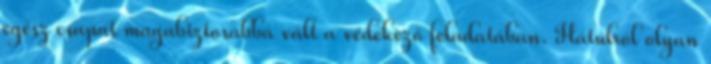
egész csapat magabiztosabbá vált a védekező feladatában. Hátulról olyan